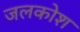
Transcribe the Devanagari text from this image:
जलकोश